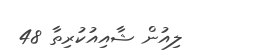
ލިއުން ޝާއިއުކުރިތާ 48